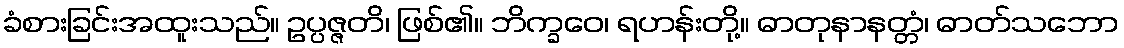
ခံစားခြင်းအထူးသည်။ ဥပ္ပဇ္ဇတိ၊ ဖြစ်၏။ ဘိက္ခဝေ၊ ရဟန်းတို့။ ဓာတုနာနတ္တံ၊ ဓာတ်သဘော